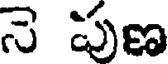
నె పుణ